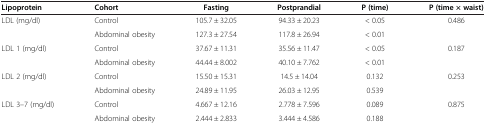
<table><thead><tr><td><b>Lipoprotein</b></td><td><b>Cohort</b></td><td><b>Fasting</b></td><td><b>Postprandial</b></td><td><b>P (time)</b></td><td><b>P (time × waist)</b></td></tr></thead><tbody><tr><td rowspan="2">LDL (mg/dl)</td><td>Control</td><td>105.7 ± 32.05</td><td>94.33 ± 20.23</td><td>&lt; 0.05</td><td rowspan="2">0.486</td></tr><tr><td>Abdominal obesity</td><td>127.3 ± 27.54</td><td>117.8 ± 26.94</td><td>&lt; 0.01</td></tr><tr><td rowspan="2">LDL 1 (mg/dl)</td><td>Control</td><td>37.67 ± 11.31</td><td>35.56 ± 11.47</td><td>&lt; 0.05</td><td rowspan="2">0.187</td></tr><tr><td>Abdominal obesity</td><td>44.44 ± 8.002</td><td>40.10 ± 7.762</td><td>&lt; 0.01</td></tr><tr><td rowspan="2">LDL 2 (mg/dl)</td><td>Control</td><td>15.50 ± 15.31</td><td>14.5 ± 14.04</td><td>0.132</td><td rowspan="2">0.253</td></tr><tr><td>Abdominal obesity</td><td>24.89 ± 11.95</td><td>26.03 ± 12.95</td><td>0.539</td></tr><tr><td rowspan="2">LDL 3–7 (mg/dl)</td><td>Control</td><td>4.667 ± 12.16</td><td>2.778 ± 7.596</td><td>0.089</td><td rowspan="2">0.875</td></tr><tr><td>Abdominal obesity</td><td>2.444 ± 2.833</td><td>3.444 ± 4.586</td><td>0.188</td></tr></tbody></table>